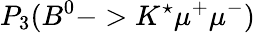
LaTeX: P_{3}(B^{0}->K^{\star}\mu^{+}\mu^{-})